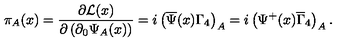
\pi _ { A } ( x ) = \frac { \partial { \cal L } ( x ) } { \partial \left( \partial _ { 0 } \Psi _ { A } ( x ) \right) } = i \left( \overline { { \Psi } } ( x ) \Gamma _ { 4 } \right) _ { A } = i \left( \Psi ^ { + } ( x ) \overline { { \Gamma } } _ { 4 } \right) _ { A } .